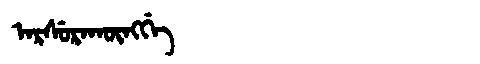
Manchu: ᠠᡵᠰᡠᡵᠠᡴᡡᠩᡤᡝ
Romanization: ARSURAKŪNGGE